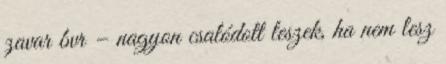
zavar bvr – nagyon csalódott leszek, ha nem lesz